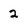
Character: 2